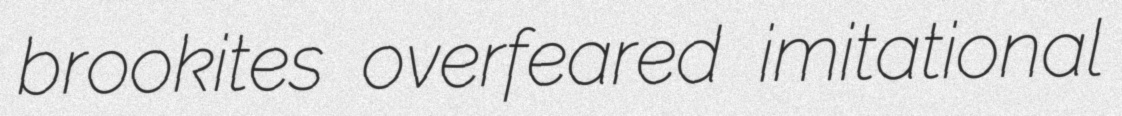
brookites overfeared imitational